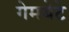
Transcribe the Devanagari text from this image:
गेमबेटे